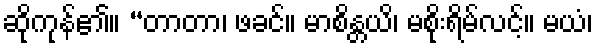
ဆိုကုန်၏။ “တာတာ၊ ဖခင်။ မာစိန္တယိ၊ မစိုးရိမ်လင့်။ မယံ၊